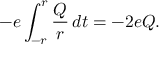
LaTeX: - e \int _ { - r } ^ { r } \frac { Q } { r } \, d t = - 2 e Q .